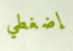
إضغطي